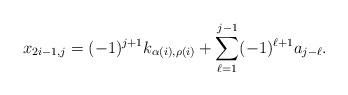
LaTeX: \begin{align*} x_{2i-1,j} = (-1)^{j+1} k_{\alpha(i), \rho(i)} + \sum_{\ell=1}^{j-1} (-1)^{\ell+1} a_{j-\ell}.\end{align*}